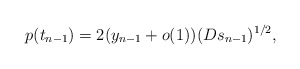
\begin{align*}p(t_{n-1})=2(y_{n-1}+o(1))(D s_{n-1})^{1/2},\end{align*}